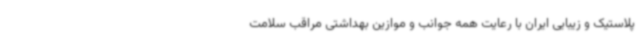
پلاستیک و زیبایی ایران با رعایت همه جوانب و موازین بهداشتی مراقب سلامت